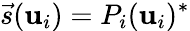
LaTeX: \vec{s}(\mathbf{u}_{i})=P_{i}(\mathbf{u}_{i})^{*}